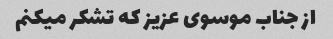
از جناب موسوی عزیز که تشکر میکنم